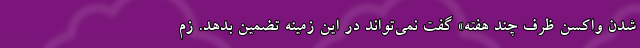
شدن واکسن ظرف چند هفته» گفت نمی‌تواند در این زمینه تضمین بدهد. زم